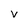
Character: v